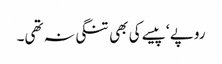
روپے ‘ پیسے کی بھی تنگی نہ تھی۔